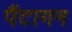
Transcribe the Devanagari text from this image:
पैंटागन